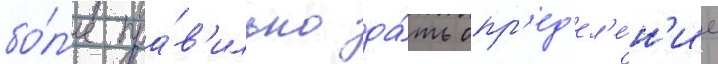
бо́л'ее пра́в'ильно да́ть опр'ед'ел'е́н'ие